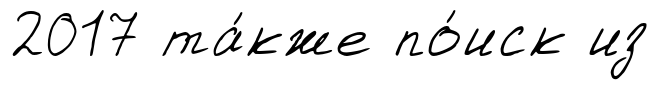
2017 та́кже по́иск из